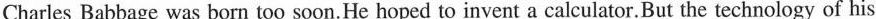
Charles Babbage was born too soon. He hoped to invent a calculator. But the technology of his